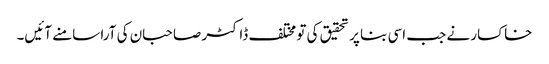
خاکسار نے جب اسی بنا پر تحقیق کی تو مختلف ڈاکٹر صاحبان کی آرا سامنے آئیں۔